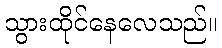
သွားထိုင်နေလေသည်။